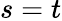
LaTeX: s=t